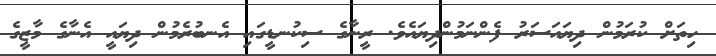
ހިތަށް ކުރަމުން ދިޔައަސަރު ފެންނަމުންދިޔައެވެ. ރީނާގެ ސިކުނޑީގައި އެނބުރެމުން ދިޔައީ އެނާގެ މާޒީގެ